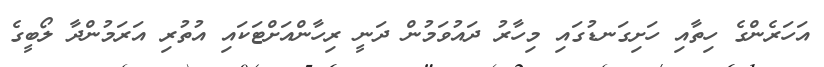
އަހަރެންގެ ހިތާއި ހަށިގަނޑުގައި މިހާރު ދައުވަމުން ދަނީ ރިހާންއަށްޓަކައި އުތުރި އަރަމުންދާ ލޯބީގެ